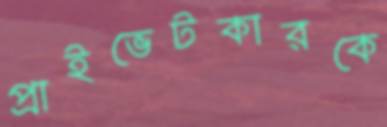
প্রাইভেটকারকে